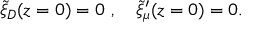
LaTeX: { \widetilde \xi } _ { D } ( z = 0 ) = 0 ~ , ~ ~ ~ { \widetilde \xi } _ { \mu } ^ { \prime } ( z = 0 ) = 0 .